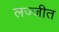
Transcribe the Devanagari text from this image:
लज्जीत